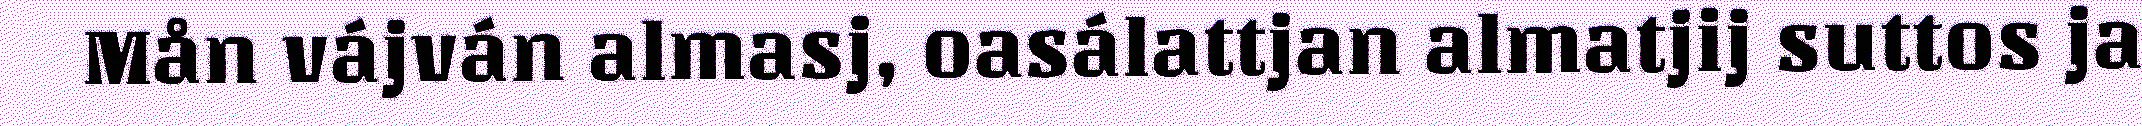
Mån vájván almasj, oasálattjan almatjij suttos ja